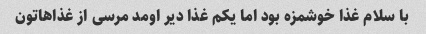
با سلام غذا خوشمزه بود اما یکم غذا دیر اومد مرسی از غذاهاتون